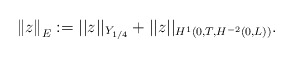
\begin{align*}\left\Vert z \right\Vert _{E} := ||z||_{Y_{1/4}} + || z ||_{ H^1 ( 0,T, H^{-2} (0,L) ) } .\end{align*}